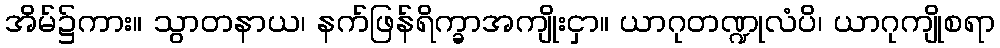
အိမ်၌ကား။ သွာတနာယ၊ နက်ဖြန်ရိက္ခာအကျိုးငှာ။ ယာဂုတဏ္ဍုလံပိ၊ ယာဂုကျိုစရာ